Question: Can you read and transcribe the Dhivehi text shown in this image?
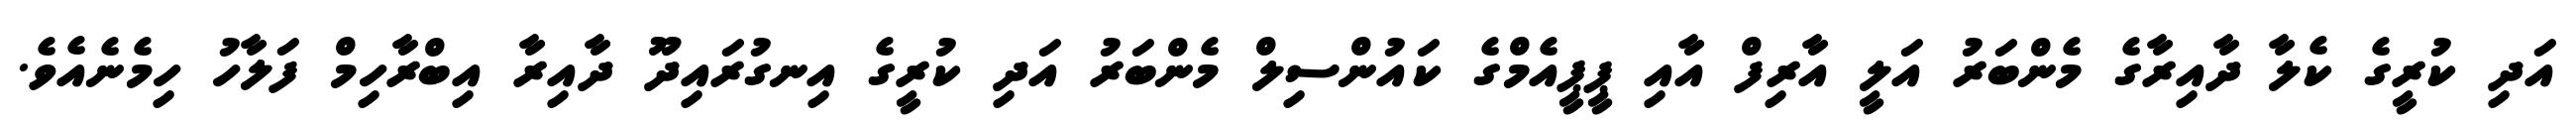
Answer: އަދި ކުރީގެ ކެލާ ދާއިރާގެ މެންބަރު އަލީ އާރިފް އާއި ޕީޕީއެމްގެ ކައުންސިލް މެންބަރު އަދި ކުރީގެ އިނގުރައިދޫ ދާއިރާ އިބްރާހިމް ފަލާހު ހިމެނެއެވެ.